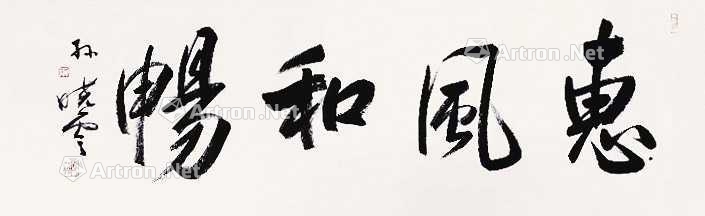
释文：惠风和畅孙晓云